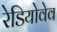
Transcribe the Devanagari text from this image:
रेडियोवेव